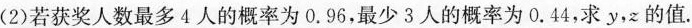
(2)若获奖人数最多4人的概率为0.96，最少3人的概率为0.44，求y，z的值。